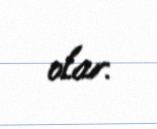
olar.